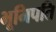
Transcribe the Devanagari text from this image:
भूमिपति